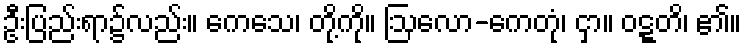
ဦးပြည်းရာ၌လည်း။ ကေသေ၊ တို့ကို။ ဩလော-ကေတုံ၊ ငှာ။ ဝဋ္ဋတိ၊ ၏။